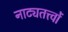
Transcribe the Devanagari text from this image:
नाट्यतत्त्वों